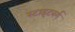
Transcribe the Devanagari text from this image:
स्टाइटबर्ग